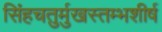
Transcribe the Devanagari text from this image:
सिंहचतुर्मुखस्तम्भशीर्ष